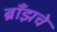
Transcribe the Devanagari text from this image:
ब्राँझचे